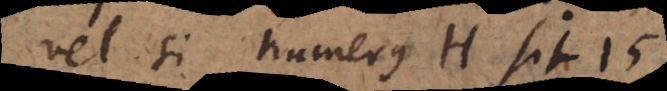
Vel si numerus H sit 15